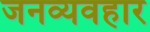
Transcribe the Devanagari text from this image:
जनव्यवहार